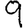
Digit: 9